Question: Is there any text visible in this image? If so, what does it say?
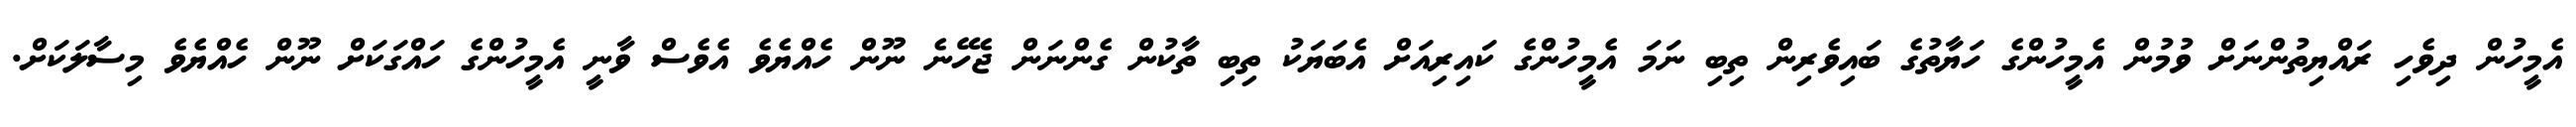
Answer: އެމީހުން ދިވެހި ރައްޔިތުންނަށް ވުމުން އެމީހުންގެ ހަޔާތުގެ ބައިވެރިން ތިބި ނަމަ އެމީހުންގެ ކައިރިއަށް އެބަޔަކު ތިބި ތާކުން ގެންނަން ޖެހޭނެ ނޫން ހެއްޔެވެ އެވެސް ވާނީ އެމީހުންގެ ހައްގަކަށް ނޫން ހެއްޔެވެ މިސާލަކަށް.